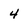
Character: 4